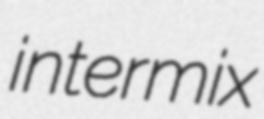
intermix